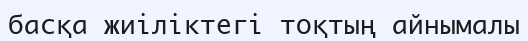
басқа жиіліктегі тоқтың айнымалы